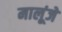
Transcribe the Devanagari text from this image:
मालूंजे